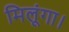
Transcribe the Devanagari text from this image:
मिलूंगा।